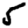
Digit: 5